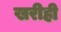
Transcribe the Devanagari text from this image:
खरीही